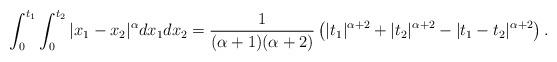
LaTeX: \begin{align*}\int_0^{t_1}\int_0^{t_2}|x_1-x_2|^{\alpha} dx_1dx_2=\frac{1}{(\alpha+1)(\alpha+2)} \left( |t_1|^{\alpha+2}+ |t_2|^{\alpha+2}-|t_1-t_2|^{\alpha+2} \right).\end{align*}